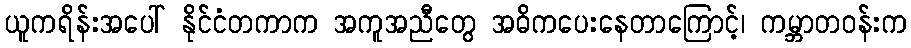
ယူကရိန်းအပေါ် နိုင်ငံတကာက အကူအညီတွေ အဓိကပေးနေတာကြောင့်၊ ကမ္ဘာတဝန်းက